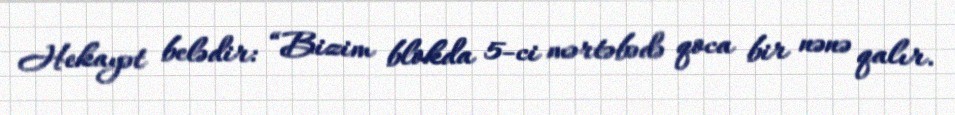
Hekayət belədir: “Bizim blokda 5-ci mərtəbədə qoca bir nənə qalır.